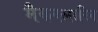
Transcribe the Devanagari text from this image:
मैकक्लारिन